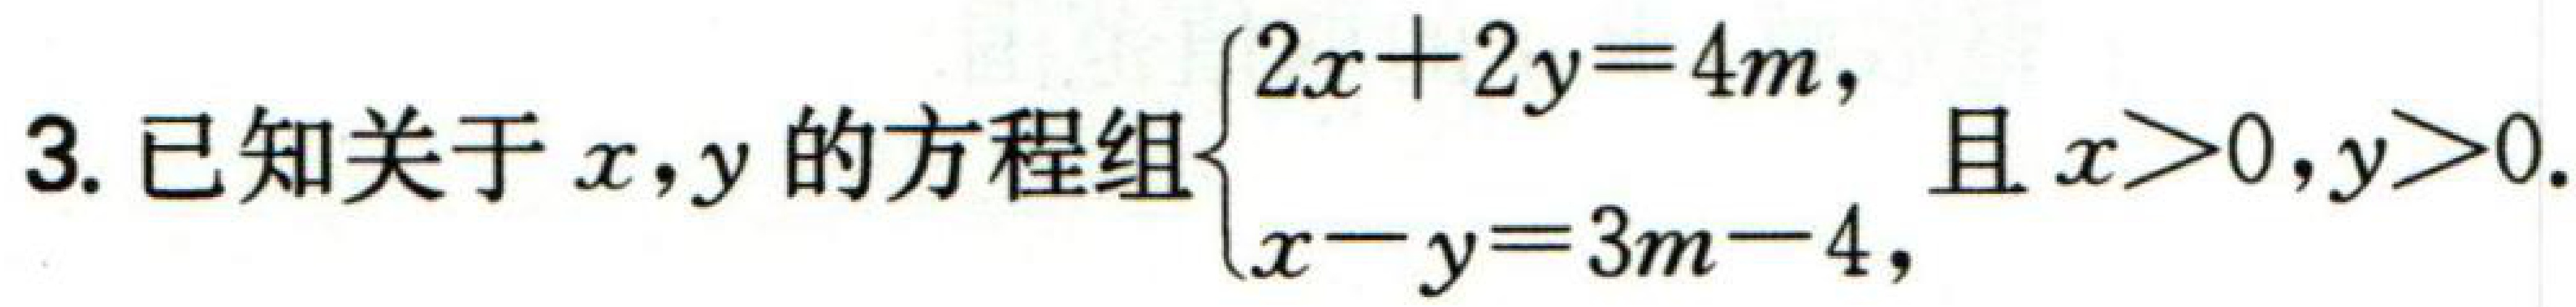
3. 已知关于\(x,y\)的方程组\(\begin{cases}2x + 2y = 4m,\\x - y = 3m - 4,\end{cases}\)且\(x>0,y>0\).